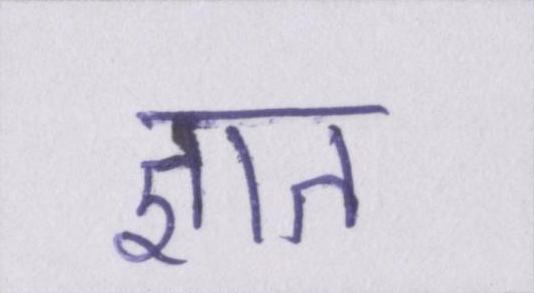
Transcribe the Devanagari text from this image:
ज्ञात